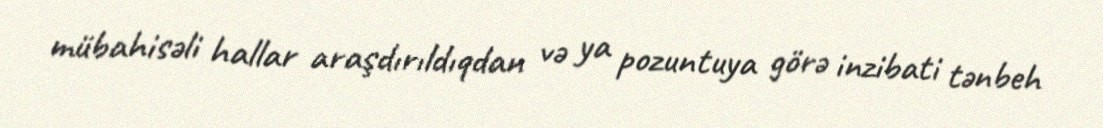
mübahisəli hallar araşdırıldıqdan və ya pozuntuya görə inzibati tənbeh